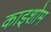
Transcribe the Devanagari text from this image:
काइशोम